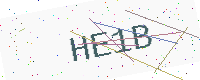
Text: HE1B